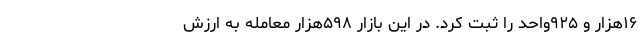
۱۶هزار و ۹۲۵واحد را ثبت کرد. در این بازار ۵۹۸هزار معامله به ارزش